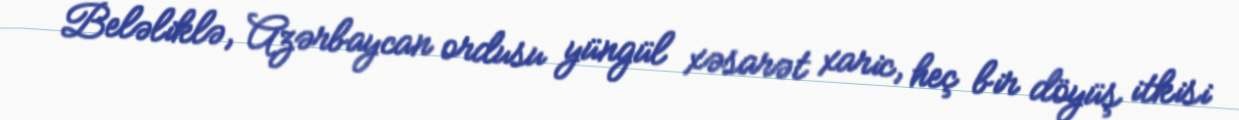
Beləliklə, Azərbaycan ordusu yüngül xəsarət xaric, heç bir döyüş itkisi